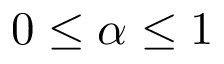
0 \leq \alpha \leq 1